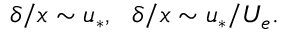
\delta / x \sim u _ { * } , \ \ \delta / x \sim u _ { * } / U _ { e } .